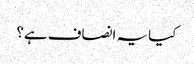
کیا یہ انصاف ہے؟